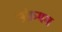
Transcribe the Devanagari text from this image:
संक्रमम